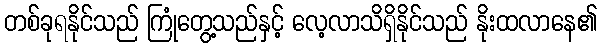
တစ်ခုရနိုင်သည် ကြုံတွေ့သည်နှင့် လေ့လာသိရှိနိုင်သည် နိုးထလာနေ၏